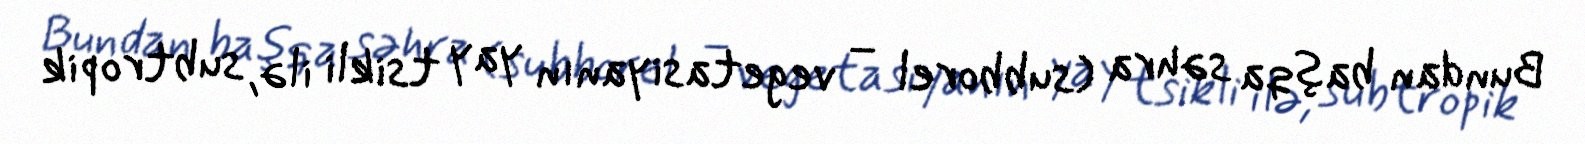
Bundan başqa səhra (subborel – vegetasiyanın yay tsikli ilə, subtropik